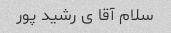
سلام آقا ی رشید پور